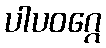
ပါပဝဂ္ဂေ